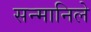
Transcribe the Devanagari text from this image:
सन्मानिले